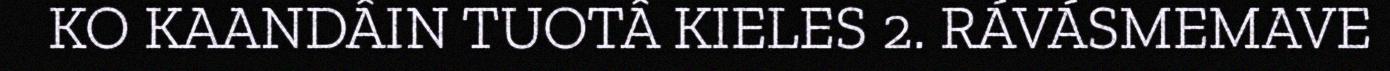
KO KAANDÂIN TUOTÂ KIELES 2. RÁVÁSMEMAVE